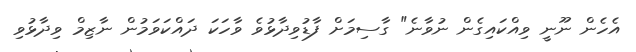
އެހެން ނޫނީ ވިއްކައިގެން ނުވާނެ" ގާސިމަށް ފާޑުވިދާޅުވެ ވާހަކަ ދައްކަވަމުން ނާޒިމް ވިދާޅުވި